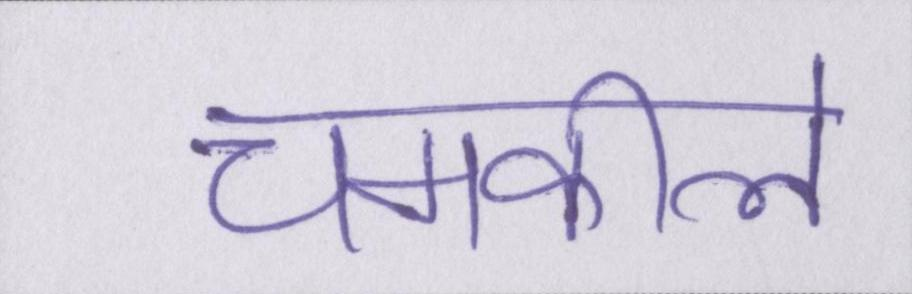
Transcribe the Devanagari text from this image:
चमकीले